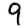
Digit: 9